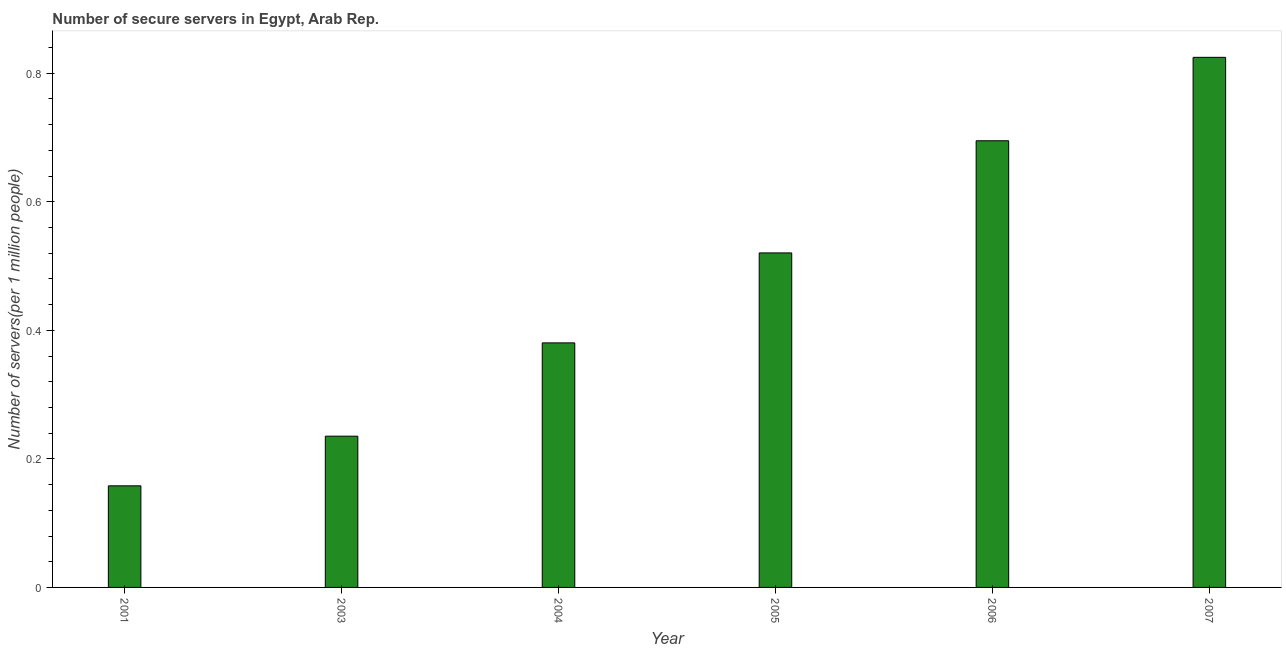
| Year | Secure Internet servers |
 | --- | --- |
 | 2001 | 0.158 |
 | 2003 | 0.235 |
 | 2004 | 0.38 |
 | 2005 | 0.52 |
 | 2006 | 0.695 |
 | 2007 | 0.825 |